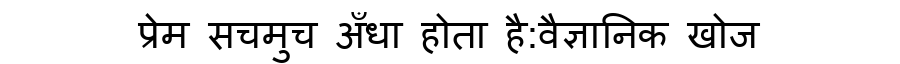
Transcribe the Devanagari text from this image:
प्रेम सचमुच अँधा होता है:वैज्ञानिक खोज